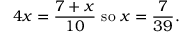
4 x = { \frac { 7 + x } { 1 0 } } { \mathrm { ~ s o ~ } } x = { \frac { 7 } { 3 9 } } .